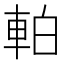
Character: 𫏴